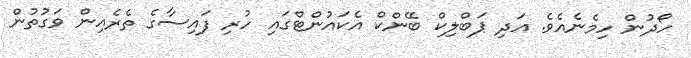
ހޯދުން ހިމެނެއެވެ. އަދި ޕަބްލިކް ބޭންކް އެކައުންޓްގައި ހުރި ފައިސާގެ ތެރެއިން ވަގުތުން